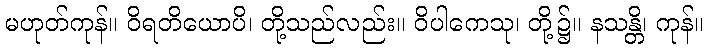
မဟုတ်ကုန်။ ဝိရတိယောပိ၊ တို့သည်လည်း။ ဝိပါကေသု၊ တို့၌။ နသန္တိ၊ ကုန်။